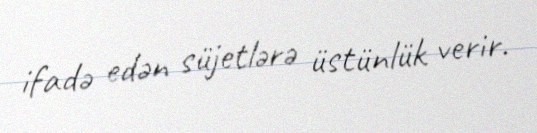
ifadə edən süjetlərə üstünlük verir.